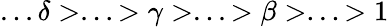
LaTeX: ...\delta>...>\gamma>...>\beta>...>1